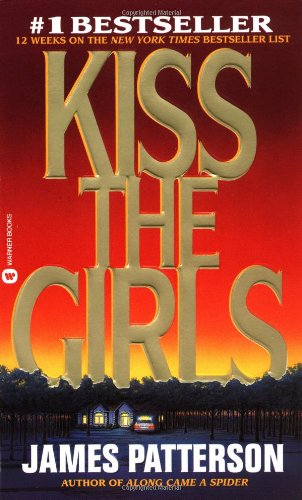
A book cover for Kiss the Girls (Alex Cross); James Patterson; Mystery, Thriller & Suspense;